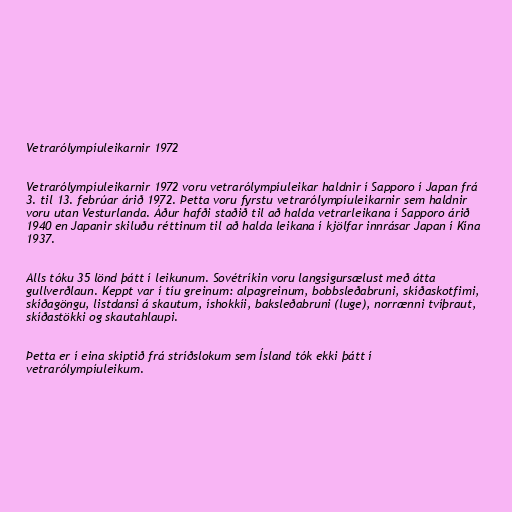
Vetrarólympíuleikarnir 1972

Vetrarólympíuleikarnir 1972 voru vetrarólympíuleikar haldnir í Sapporo í Japan frá
3. til 13. febrúar árið 1972. Þetta voru fyrstu vetrarólympíuleikarnir sem haldnir
voru utan Vesturlanda. Áður hafði staðið til að halda vetrarleikana í Sapporo árið
1940 en Japanir skiluðu réttinum til að halda leikana í kjölfar innrásar Japan í Kína
1937.

Alls tóku 35 lönd þátt í leikunum. Sovétríkin voru langsigursælust með átta
gullverðlaun. Keppt var í tíu greinum: alpagreinum, bobbsleðabruni, skíðaskotfimi,
skíðagöngu, listdansi á skautum, íshokkíi, baksleðabruni (luge), norrænni tvíþraut,
skíðastökki og skautahlaupi.

Þetta er í eina skiptið frá stríðslokum sem Ísland tók ekki þátt í
vetrarólympíuleikum.